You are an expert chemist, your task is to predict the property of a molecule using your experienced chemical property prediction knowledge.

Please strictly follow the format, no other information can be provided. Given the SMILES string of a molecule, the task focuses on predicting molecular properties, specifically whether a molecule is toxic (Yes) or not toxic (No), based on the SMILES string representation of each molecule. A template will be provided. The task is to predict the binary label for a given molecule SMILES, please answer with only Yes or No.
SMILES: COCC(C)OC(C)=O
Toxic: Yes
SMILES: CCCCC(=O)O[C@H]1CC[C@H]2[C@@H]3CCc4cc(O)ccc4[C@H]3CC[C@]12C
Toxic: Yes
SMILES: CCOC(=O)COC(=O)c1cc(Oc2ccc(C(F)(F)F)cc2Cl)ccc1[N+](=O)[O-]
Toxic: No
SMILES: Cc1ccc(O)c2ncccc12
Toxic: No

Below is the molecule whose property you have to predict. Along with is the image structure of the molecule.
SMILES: COc1ccc(CCC(=O)c2c(O)cc(O[C@@H]3O[C@H](CO)[C@@H](O)[C@H](O)[C@H]3O[C@@H]3O[C@@H](C)[C@H](O)[C@@H](O)[C@H]3O)cc2O)cc1O
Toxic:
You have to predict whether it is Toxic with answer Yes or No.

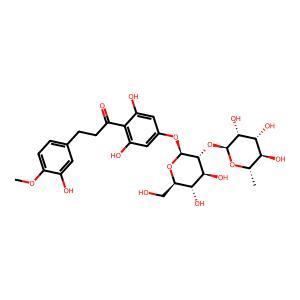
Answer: No